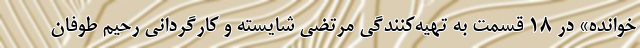
خوانده» در ۱۸ قسمت به تهیه‌کنندگی مرتضی شایسته و کارگردانی رحیم طوفان